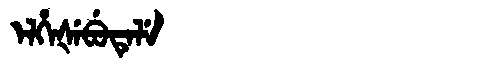
Manchu: ᡝᠯᡥᡝᡧᡝᠪᡠᡨᡝᠯᡝ
Romanization: ELHEŠEBUTELE